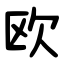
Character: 欧